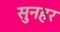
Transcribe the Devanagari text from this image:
सुनहर